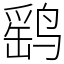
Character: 鹞